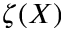
\zeta ( X )